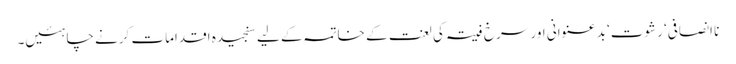
نا انصافی‘ رشوت‘ بد عنوانی اور سرخ فیتہ کی لعنت کے خاتمہ کے لیے سنجیدہ اقدامات کرنے چاہئیں۔